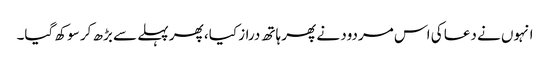
انہوں نے دعا کی اس مردود نے پھر ہاتھ دراز کیا، پھر پہلے سے بڑھ کر سوکھ گیا۔